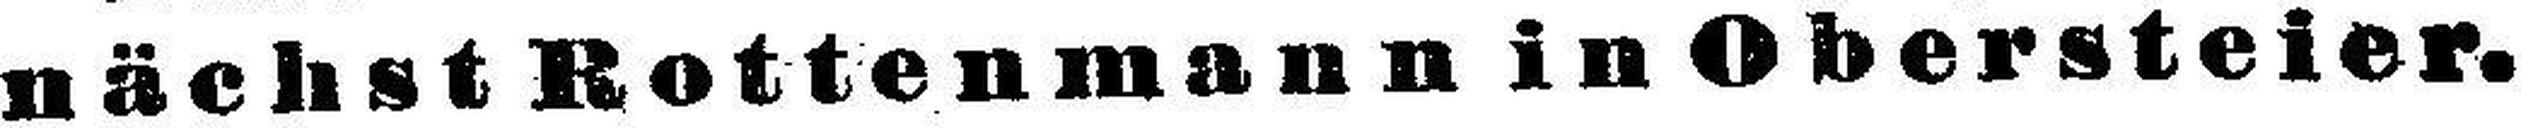
nächst Rottenmann in Obersteier.